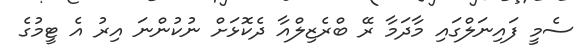
ސެމީ ފައިނަލްގައި މާދަމާ ރޭ ބްރެޒިލްއާ ދެކޮޅަށް ނުކުންނަ އިރު އެ ޓީމުގެ